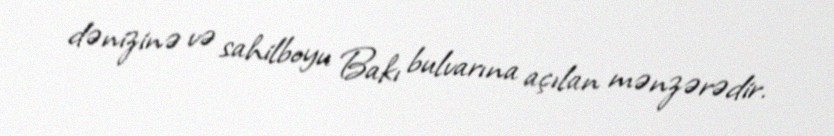
dənizinə və sahilboyu Bakı bulvarına açılan mənzərədir.